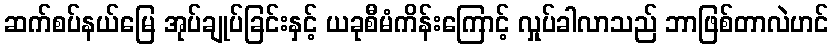
ဆက်စပ်နယ်မြေ အုပ်ချုပ်ခြင်းနှင့် ယခုစီမံကိန်းကြောင့် လှုပ်ခါလာသည် ဘာဖြစ်တာလဲဟင်